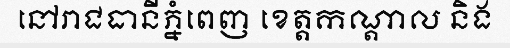
នៅរាជធានីភ្នំពេញ ខេត្តកណ្តាល និង